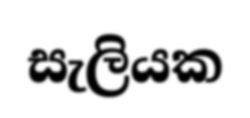
සැලියක